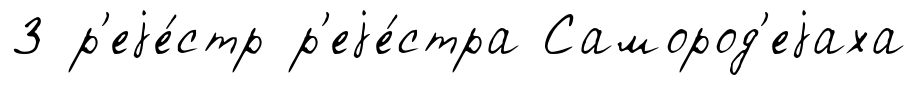
3 р'еjе́стр р'еjе́стра Самород'еjаха